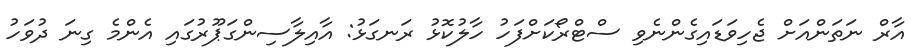
އާރް ނަތަންއަށް ޖެހިވަޑައިގެންނެވި ސްޓްރޯކަށްފަހު ހާލުކޮޅު ރަނގަޅު: އާއިލާސިންގަޕޫރުގައި އެންމެ ގިނަ ދުވަހު